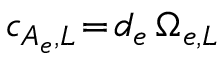
c _ { A _ { e } , L } \! = \! d _ { e } \, \Omega _ { e , L }